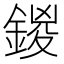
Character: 鍐